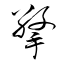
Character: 擎